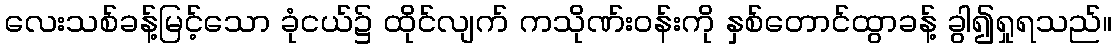
လေးသစ်ခန့်မြင့်သော ခုံငယ်၌ ထိုင်လျက် ကသိုဏ်းဝန်းကို နှစ်တောင်ထွာခန့် ခွါ၍ရှုရသည်။